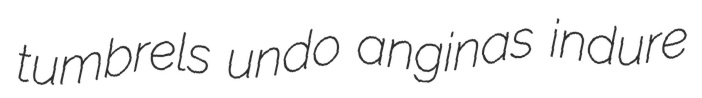
tumbrels undo anginas indure